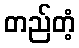
တည်တံ့